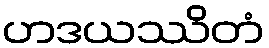
ဟဒယဿိတံ